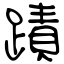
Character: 蹟